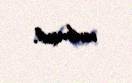
verilmişdi.